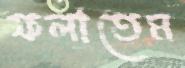
ফলাতেম